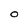
Character: O